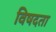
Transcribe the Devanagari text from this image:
विषदता